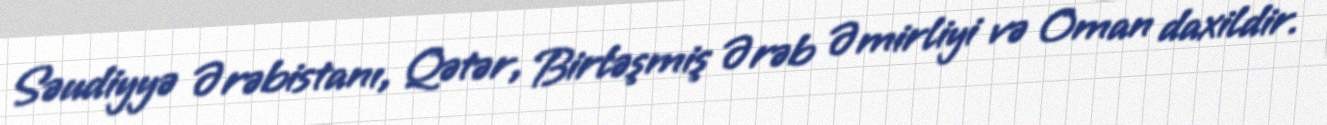
Səudiyyə Ərəbistanı, Qətər, Birləşmiş Ərəb Əmirliyi və Oman daxildir.